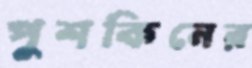
পুশকিনের